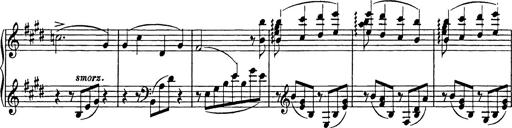
Title: Consolations
Composer: Franz Liszt